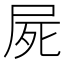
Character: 屍